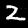
Digit: 2